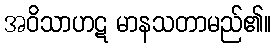
အဝိသာဟဋ မာနသတာမည်၏။